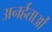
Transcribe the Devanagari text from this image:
अनर्हताओं